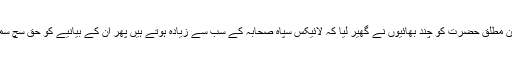
دوسرے مومن مطلق حضرت کو چند بھائیوں نے گھیر لیا کہ لائیکس سپاہ صحابہ کے سب سے زیادہ ہوتے ہیں پھر ان کے بیانیے کو حق سچ سمجھ لیتے ہیں۔